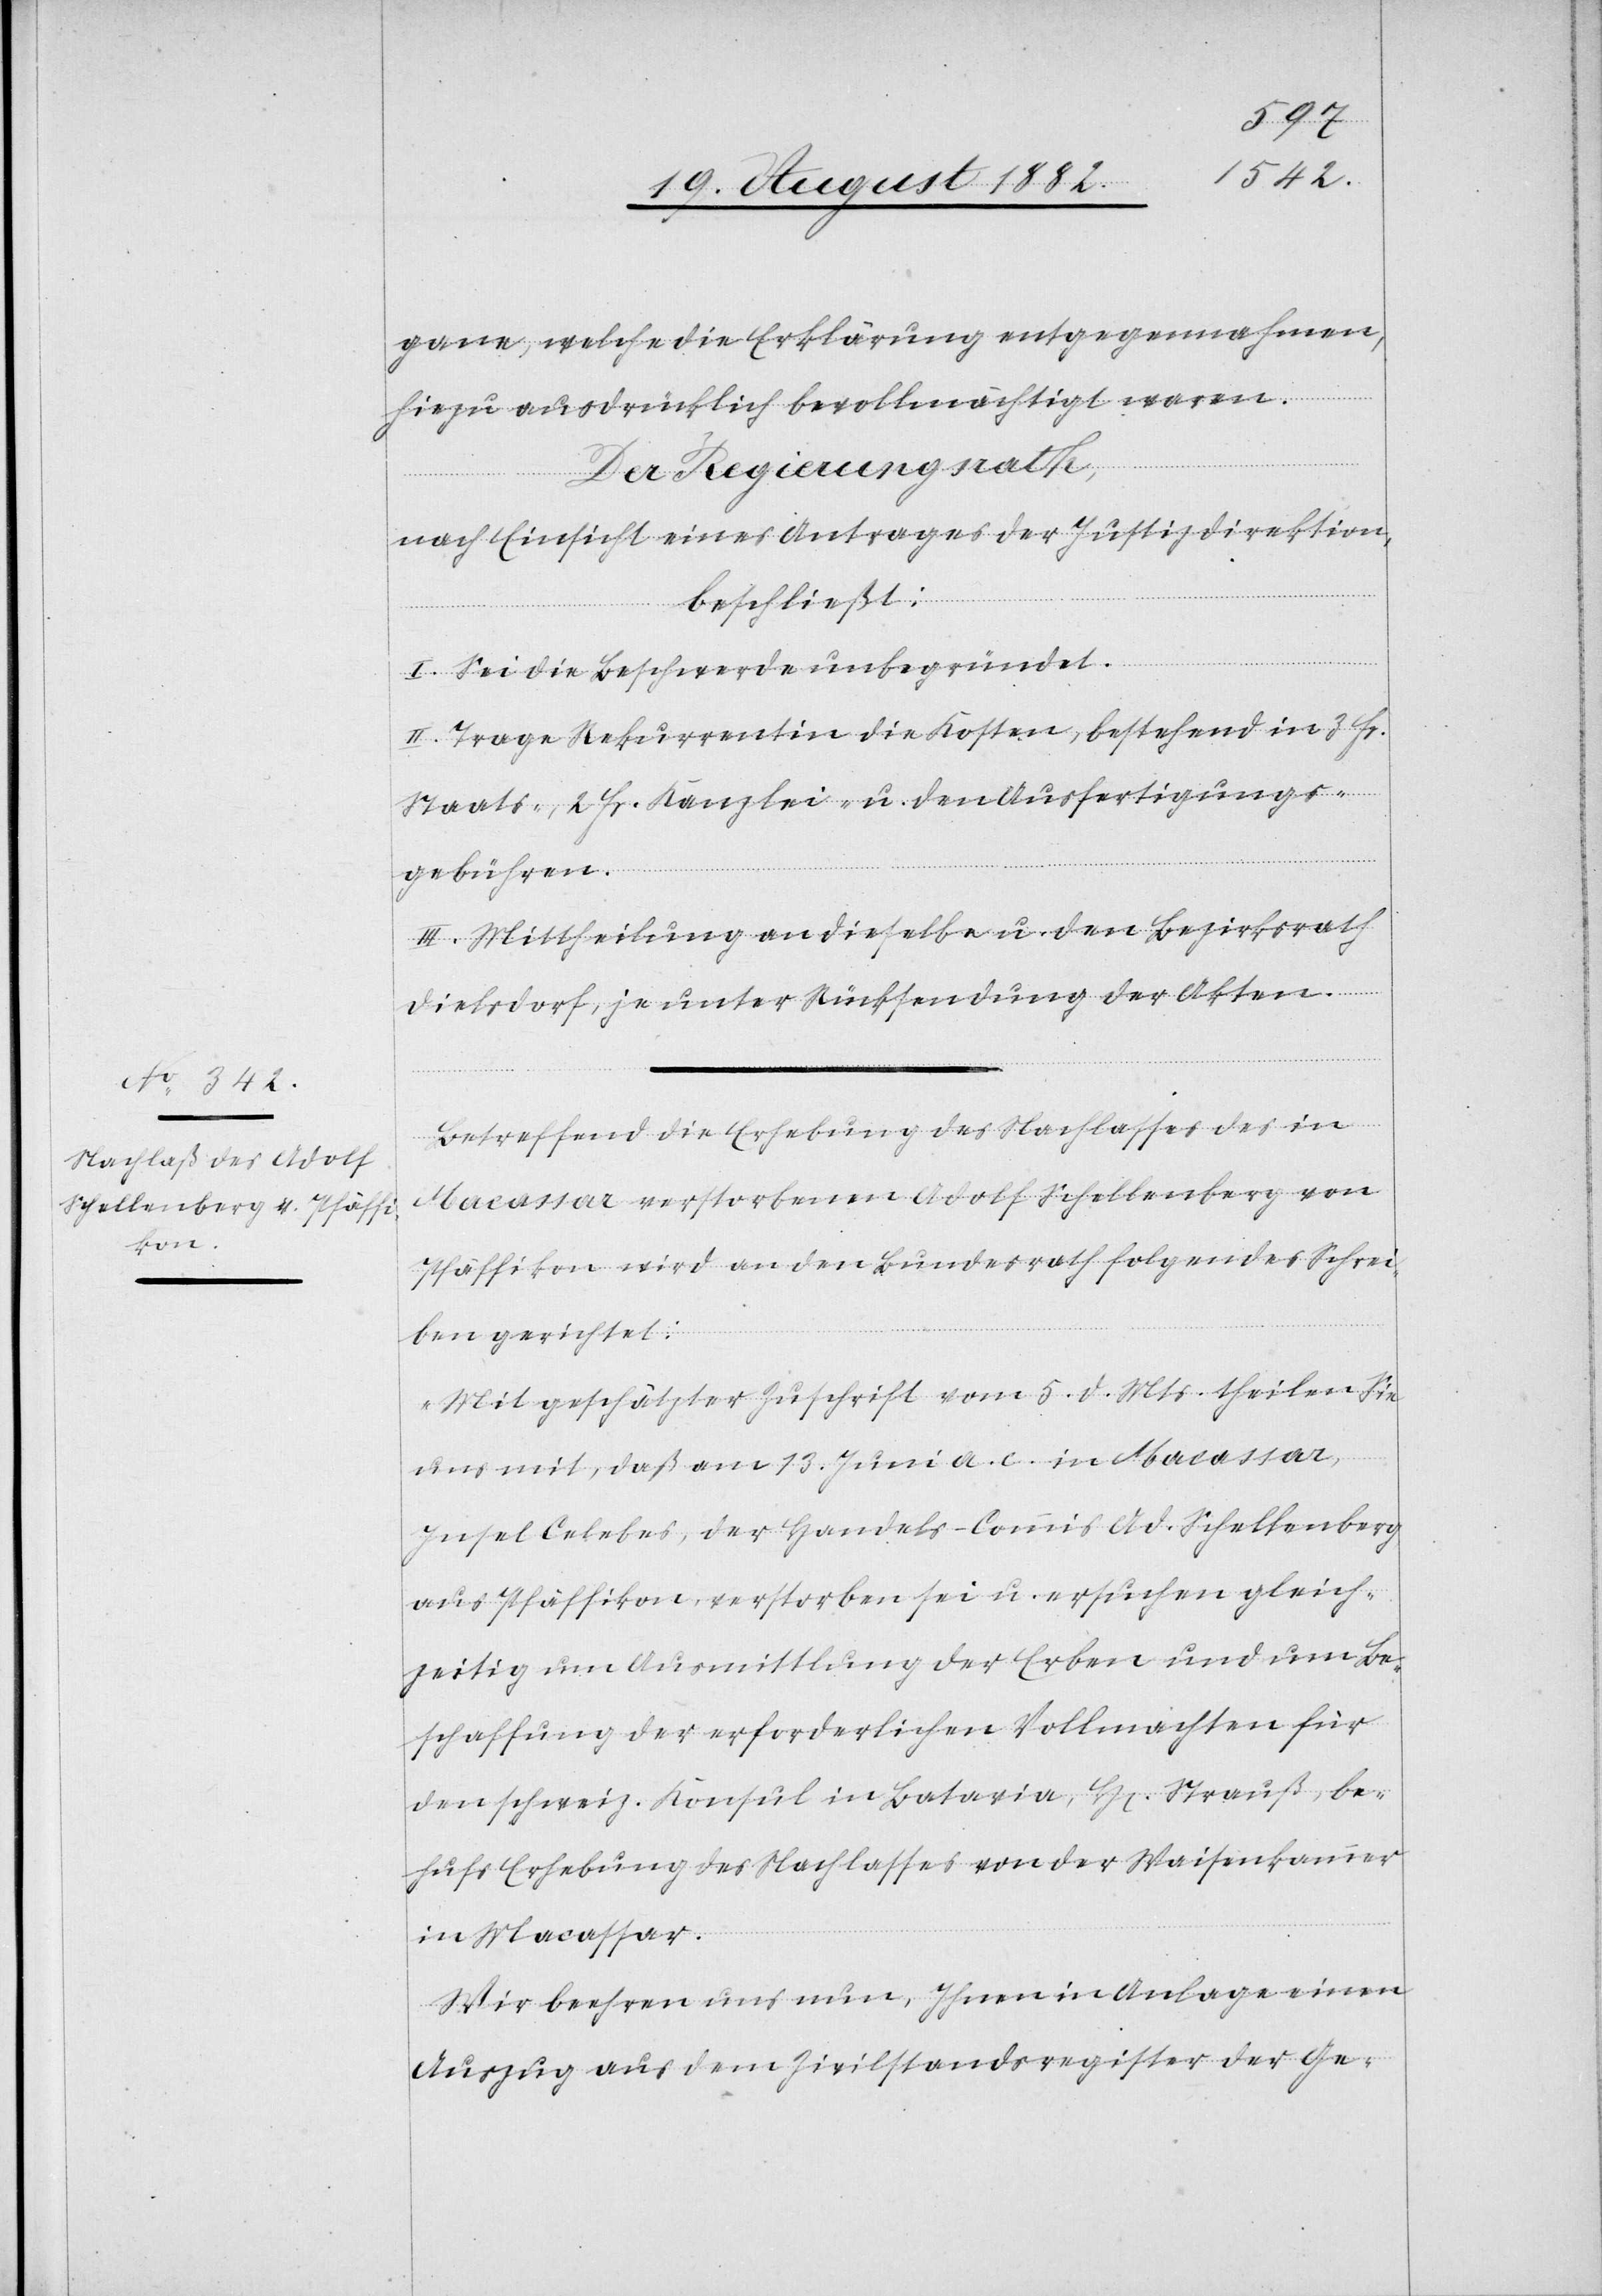
gane, welche die Erklärung entgegennahmen,
hiezu ausdrücklich bevollmächtigt waren.
Der Regierungsrath,
nach Einsicht eines Antrages der Justizdirektion,
beschließt:
I. Sei die Beschwerde unbegründet.
II. Trage Rekurrentin die Kosten, bestehend in 3 Fr.
Staats-, 2 Fr. Kanzlei- u. den Ausfertigungs¬
gebühren.
III. Mittheilung an dieselbe u. den Bezirksrath
Dielsdorf, je unter Rücksendung der Akten.
Betreffend die Erhebung des Nachlasses des in
Macassar verstorbenen Adolf Schellenberg von
Pfäffikon wird an den Bundesrath folgendes Schrei¬
ben gerichtet:
„Mit geschätzter Zuschrift vom 5. d. Mts. theilen Sie
uns mit, daß am 13. Juni a. c. in Macassar,
Insel Celebes, der Handels-Commis Ad. Schellenberg
aus Pfäffikon, verstorben sei u. ersuchen gelich¬
zeitig um Ausmittlung der Erben und um Be¬
schaffung der erforderlichen Vollmachten für
den schweiz. Konsul in Batavia, H[errn] Strauß, be¬
hufs Erhebung des Nachlasses von der Waisenkammer
in Macassar.
Wir beehren uns nun, Ihnen in Anlage einen
Auszug aus dem Zivilstandsregister der Ge-